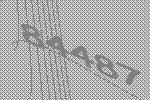
84487